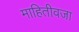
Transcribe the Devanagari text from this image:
माहितीवजा